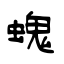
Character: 螝